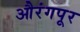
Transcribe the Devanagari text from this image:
औरंगपूर